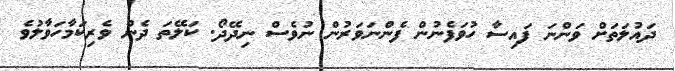
ދައުލަތަށް ވަންނަ ފައިސާ ހުވަފެނުން ފެންނަވަރުން ނުވެސް ނިދޭދޯ. ކަލޭތަ ދެން ވެރިކަމާހަވާލުވެ